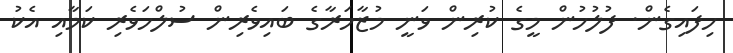
ހިފައިގެން. ފުލުހުން މީގެ ކުރިން ވަނީ މުޒާހަރާގެ ބައިވެރިން ސުލްހަވެރި ކަމާއި އެކު